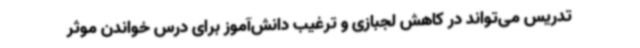
تدریس می‌تواند در کاهش لجبازی و ترغیب دانش‌آموز برای درس خواندن موثر